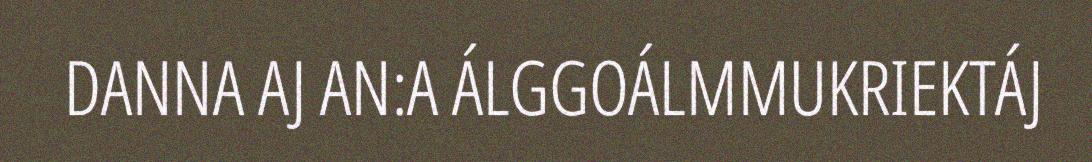
DANNA AJ AN:A ÁLGGOÁLMMUKRIEKTÁJ